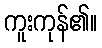
ကူးကုန်၏။